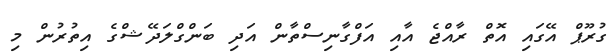
ގުރޫޕް އޭގައި އޮތް ރާއްޖެ އާއި އަފްގާނިސްތާން އަދި ބަންގްލަދޭޝްގެ އިތުރުން މި